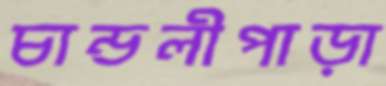
চান্ডলীপাড়া